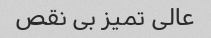
عالی تمیز بی نقص